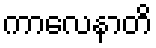
ကာလေနာတိ